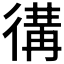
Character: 𢔵